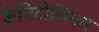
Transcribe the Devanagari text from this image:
कैपिटोलियम